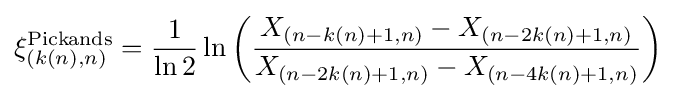
\xi _{(k(n),n)}^{\text{Pickands}}={\frac {1}{\ln 2}}\ln \left({\frac {X_{(n-k(n)+1,n)}-X_{(n-2k(n)+1,n)}}{X_{(n-2k(n)+1,n)}-X_{(n-4k(n)+1,n)}}}\right)